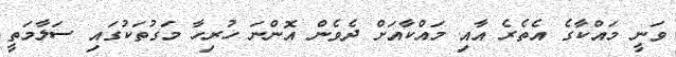
ވަނީ މައްކާގެ އެތެރެ އާއި މައްކާއަށް ދެވެން އޮންނަ ހުރިހާ މަގުތަކުގައި ސަލާމަތީ